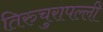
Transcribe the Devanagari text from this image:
तिरुचुरापल्ली